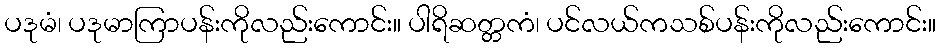
ပဒုမံ၊ ပဒုမာကြာပန်းကိုလည်းကောင်း။ ပါရိဆတ္တကံ၊ ပင်လယ်ကသစ်ပန်းကိုလည်းကောင်း။